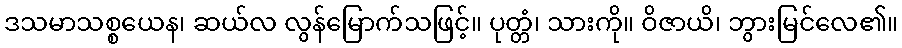
ဒသမာသစ္စယေန၊ ဆယ်လ လွန်မြောက်သဖြင့်။ ပုတ္တံ၊ သားကို။ ဝိဇာယိ၊ ဘွားမြင်လေ၏။